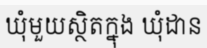
ឃុំមួយស្ថិតក្នុង ឃុំដាន